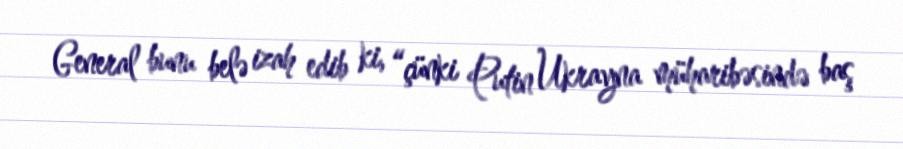
General bunu belə izah edib ki, “çünki Putin Ukrayna müharibəsində baş